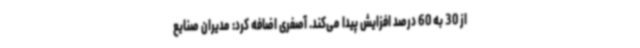
از 30 به 60 درصد افزایش پیدا می‌کند. آصفری اضافه کرد: مدیران صنایع